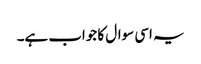
یہ اسی سوال کا جواب ہے۔